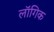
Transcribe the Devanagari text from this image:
लॉगिक